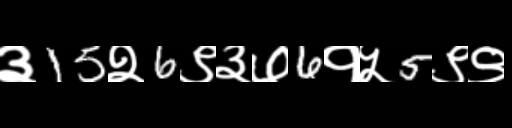
Text: ३15२6९३७6१५5९९